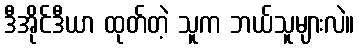
ဒီအိုင်ဒီယာ ထုတ်တဲ့ သူက ဘယ်သူများလဲ။